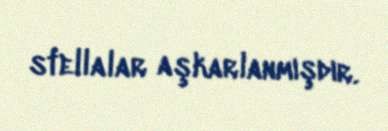
stellalar aşkarlanmışdır.